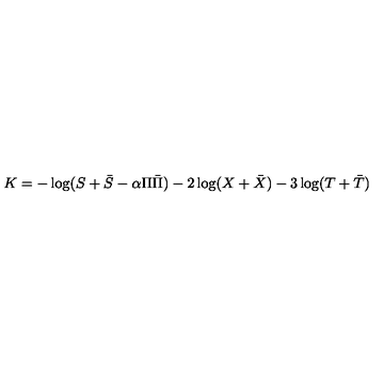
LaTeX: K = - \log ( S + \bar { S } - \alpha \Pi \bar { \Pi } ) - 2 \log ( X + \bar { X } ) - 3 \log ( T + \bar { T } )